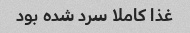
غذا کاملا سرد شده بود